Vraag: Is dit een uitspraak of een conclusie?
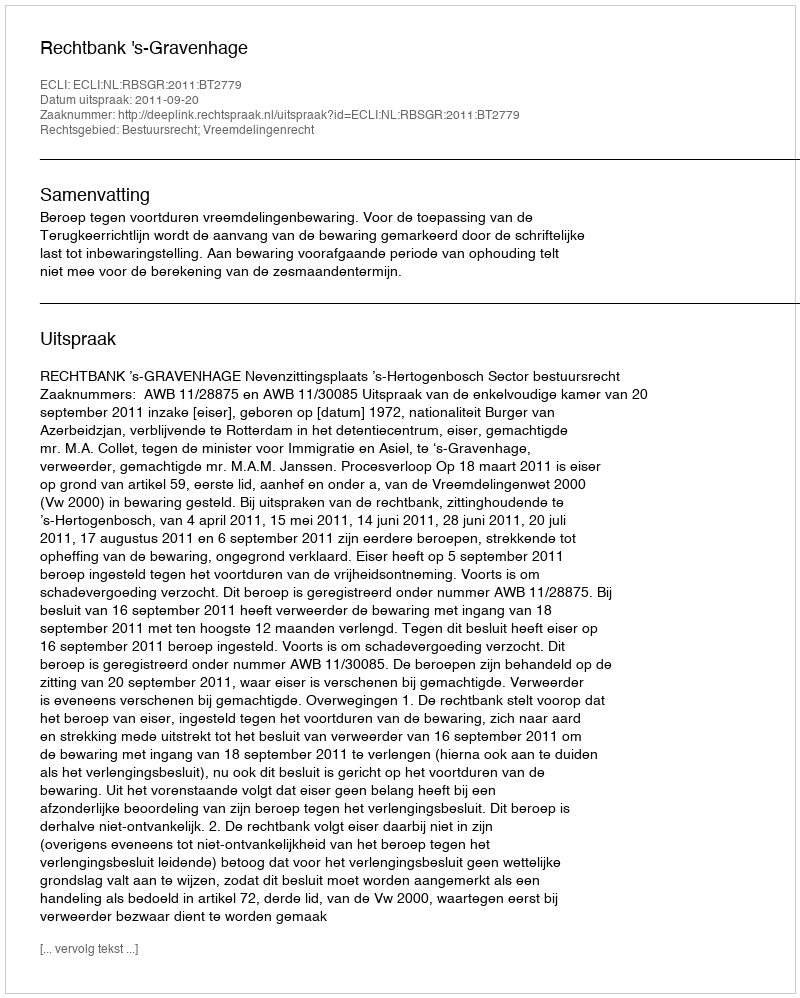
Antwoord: Uitspraak